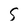
Character: 5